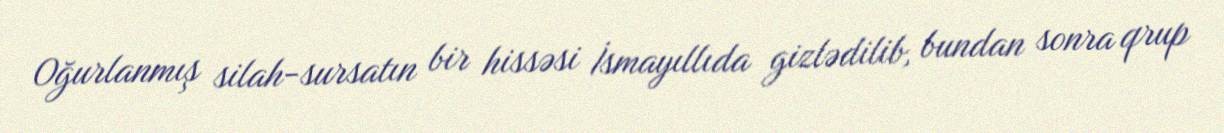
Oğurlanmış silah-sursatın bir hissəsi İsmayıllıda gizlədilib, bundan sonra qrup